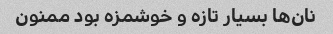
نان‌ها بسیار تازه و خوشمزه بود ممنون